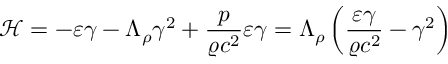
\mathcal { H } = - \varepsilon \gamma - \Lambda _ { \rho } \gamma ^ { 2 } + \frac { p } { \varrho c ^ { 2 } } \varepsilon \gamma = \Lambda _ { \rho } \left( \frac { \varepsilon \gamma } { \varrho c ^ { 2 } } - \gamma ^ { 2 } \right)